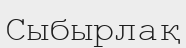
Сыбырлақ